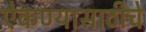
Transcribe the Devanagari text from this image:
ऐकण्यासाठीचे